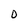
Character: 0